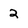
Character: 2